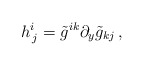
\begin{align*}h^i_{\, j} = \tilde g^{ik} \partial_y\tilde g_{kj}\, ,\end{align*}